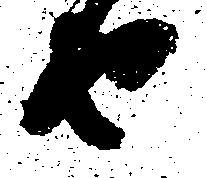
由